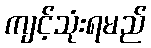
ကျင့်သုံးရမည်